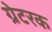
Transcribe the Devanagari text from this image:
ग्रेटरक